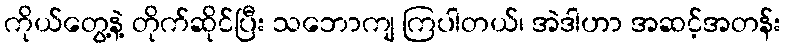
ကိုယ်တွေ့နဲ့ တိုက်ဆိုင်ပြီး သဘောကျ ကြပါတယ်၊ အဲဒါဟာ အဆင့်အတန်း